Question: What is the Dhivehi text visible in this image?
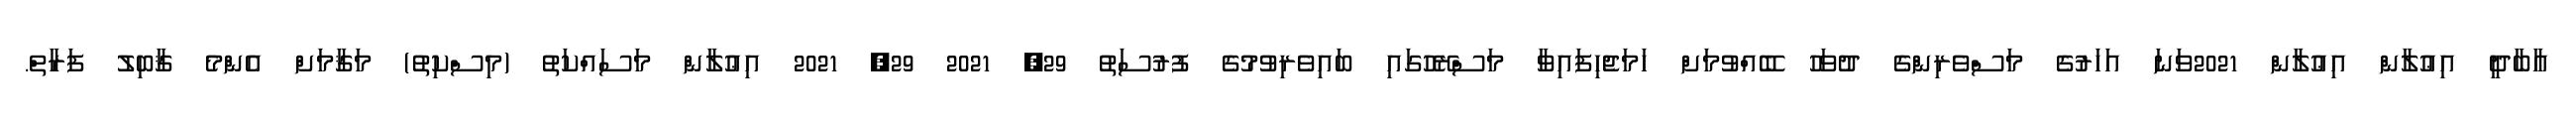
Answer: އާބާދީ އިޢުލާން އިޢުލާން 2021ވަނަ އަހަރުގެ މަސްވެރިންގެ ދުވަހު ބޭއްވުމަށް ހަމަޖެހިފައިވާ މަސްރޭހުގައި ބައިވެރިވުމުގެ ފުރުސަތު 29, 2021 29, 2021 އިޢުލާން މަސައްކަތު (މިސްކިތު) މަޤާމަށް އެންމެ ޤާބިލު ފަރާތް.